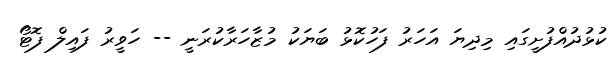
ކުޅުދުއްފުށީގައި މިދިޔަ އަހަރު ފަހުކޮޅު ބަޔަކު މުޒާހަރާކުރަނީ -- ހަވީރު ފައިލް ފޮޓޯ